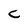
Character: C